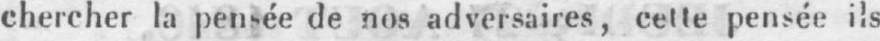
chercher la pensée de nos adversaires, cette pensée ils